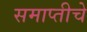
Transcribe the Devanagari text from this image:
समाप्तीचे